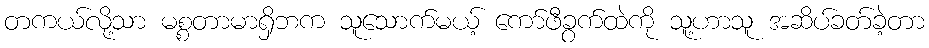
တကယ်လို့သာ မစ္စတာမာရှိဘက သူသောက်မယ့် ကော်ဖီခွက်ထဲကို သူ့ဟာသူ အဆိပ်ခတ်ခဲ့တာ